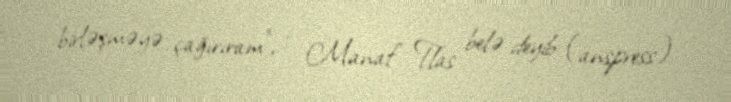
birləşməyə çağırıram", - Manaf Tlas belə deyib (anspress).